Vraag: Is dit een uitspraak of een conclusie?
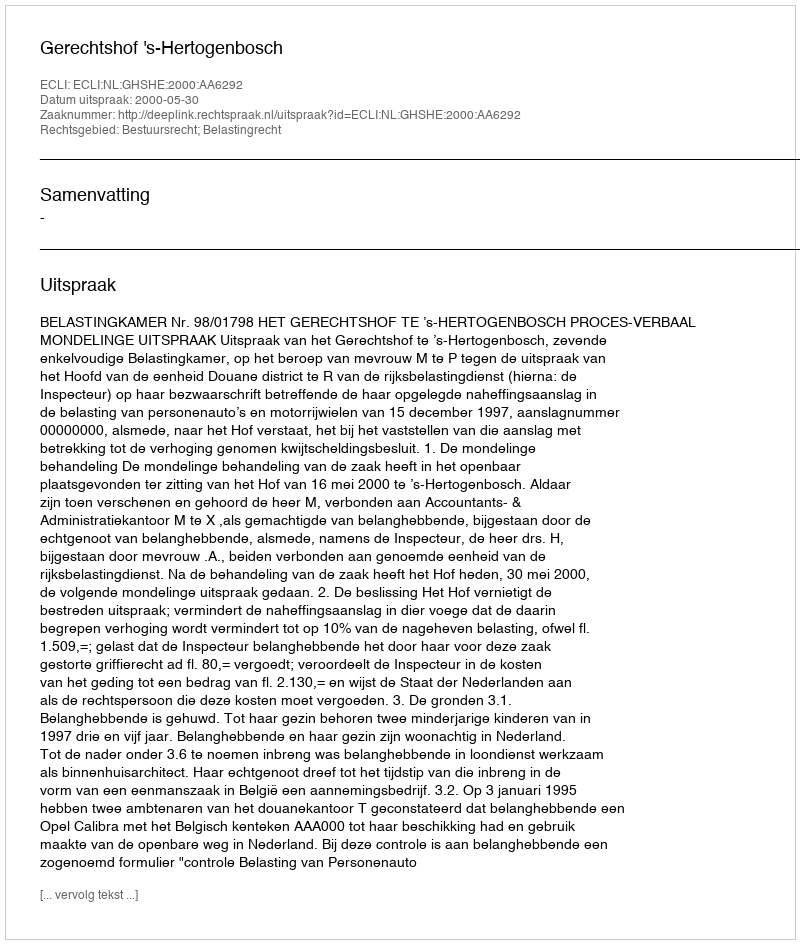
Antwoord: Uitspraak